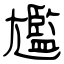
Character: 尷